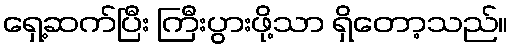
ရှေ့ဆက်ပြီး ကြီးပွားဖို့သာ ရှိတော့သည်။